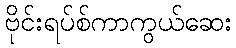
ဗိုင်းရပ်စ်ကာကွယ်ဆေး